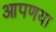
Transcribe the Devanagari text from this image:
आपणया